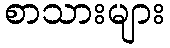
စာသားများ